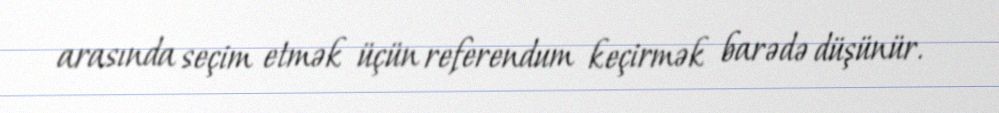
arasında seçim etmək üçün referendum keçirmək barədə düşünür.